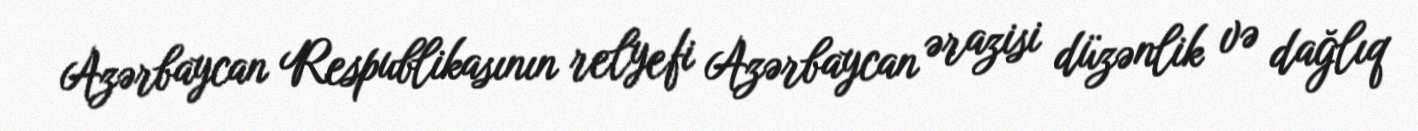
Azərbaycan Respublikasının relyefi Azərbaycan ərazisi düzənlik və dağlıq